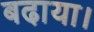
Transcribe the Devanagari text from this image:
बढा़या।